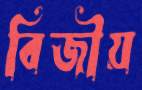
বিজীয়